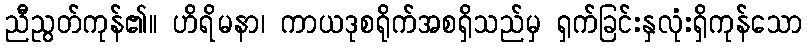
ညီညွတ်ကုန်၏။ ဟိရိမနာ၊ ကာယဒုစရိုက်အစရှိသည်မှ ရှက်ခြင်းနှလုံးရှိကုန်သော